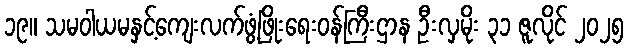
၁၉။ သမဝါယမနှင့်ကျေးလက်ဖွံ့ဖြိုးရေးဝန်ကြီးဌာန ဦးလှမိုး ၃၁ ဇူလိုင် ၂၀၂၅